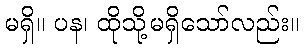
မရှိ။ ပန၊ ထိုသို့မရှိသော်လည်း။